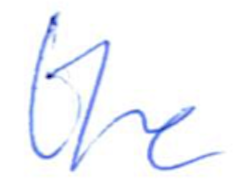
Text: the
Cross-out: clean
Writing tool: ballpoint